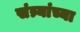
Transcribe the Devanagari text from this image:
संत्र्यांच्या